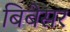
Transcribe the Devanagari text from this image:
बिबेसर